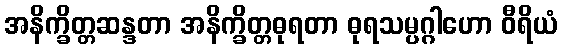
အနိက္ခိတ္တဆန္ဒတာ အနိက္ခိတ္တဓုရတာ ဓုရသမ္ပဂ္ဂါဟော ဝီရိယံ